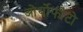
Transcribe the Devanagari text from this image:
ओर्थोफोटो